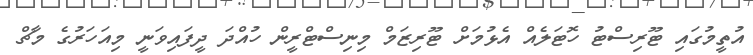
އުތީމުގައި ޓޫރިސްޓު ހޮޓަލެއް އެޅުމަށް ޓޫރިޒަމް މިނިސްޓްރީން ހުއްދަ ދީފައިވަނީ މިއަހަރުގެ މާޗް